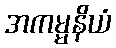
အကမ္မနိယံ